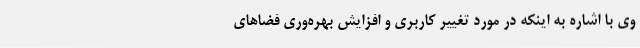
وی با اشاره به اینکه در مورد تغییر کاربری و افزایش بهره‌وری فضاهای